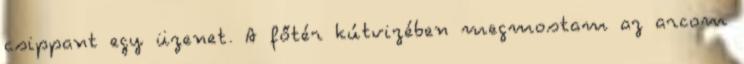
csippant egy üzenet. A főtér kútvizében megmostam az arcom